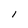
Character: l